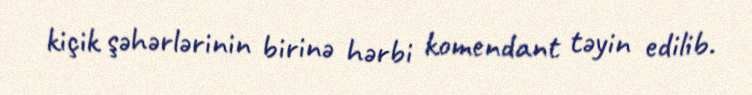
kiçik şəhərlərinin birinə hərbi komendant təyin edilib.